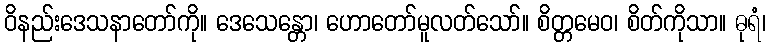
ဝိနည်းဒေသနာတော်ကို။ ဒေသေန္တော၊ ဟောတော်မူလတ်သော်။ စိတ္တမေဝ၊ စိတ်ကိုသာ။ ဓုရံ၊